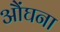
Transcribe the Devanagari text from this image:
औंघना